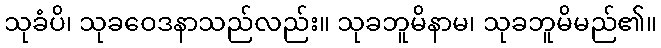
သုခံပိ၊ သုခဝေဒနာသည်လည်း။ သုခဘူမိနာမ၊ သုခဘူမိမည်၏။